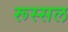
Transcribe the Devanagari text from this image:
रूस्सल